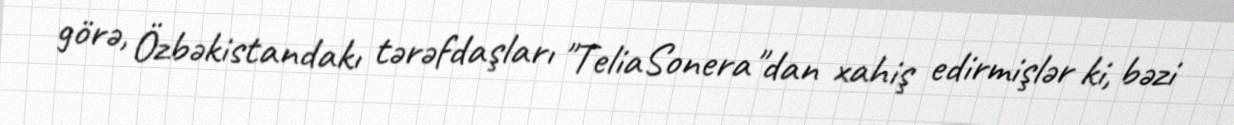
görə, Özbəkistandakı tərəfdaşları "TeliaSonera"dan xahiş edirmişlər ki, bəzi